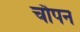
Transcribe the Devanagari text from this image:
चौपन